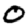
Digit: 0